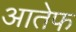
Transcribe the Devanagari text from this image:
आतेफ